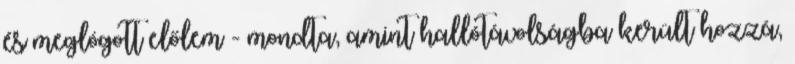
és meglógott előlem - mondta, amint hallótávolságba került hozzá,